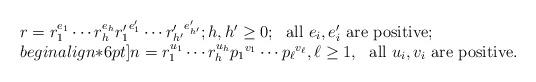
LaTeX: \begin{align*}\begin{array}{l} r=r_1^{e_1}\cdots r_h^{e_h}{r'_1}^{e_1'}\cdots{r'_{h'}}^{e'_{h'}}; h,h'\ge 0;~~\mbox{all $e_i,e_i'$ are positive;}\\begin{align*}6pt]n=r_1^{u_1}\cdots r_h^{u_h}{p_1}^{v_1}\cdots{p_{\ell}}^{v_{\ell}}, \ell\ge 1,~~\mbox{all $u_i,v_i$ are positive.}\end{array}\end{align*}